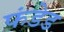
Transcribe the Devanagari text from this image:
फंडेड